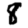
Digit: 8